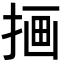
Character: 𫽇